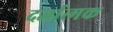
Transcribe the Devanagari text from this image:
दर्जात्मक